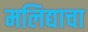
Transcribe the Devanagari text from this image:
मलिद्याचा